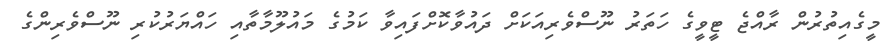
މީގެއިތުރުން ރާއްޖެ ޓީވީގެ ހަތަރު ނޫސްވެރިއަކަށް ދައުވާކޮށްފައިވާ ކަމުގެ މައުލޫމާތާއި ހައްޔަރުކުރި ނޫސްވެރިންގެ